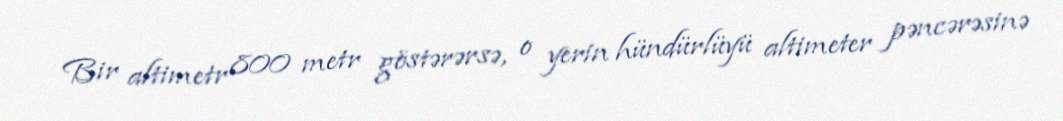
Bir altimetr 800 metr göstərərsə, o yerin hündürlüyü altimeter pəncərəsinə